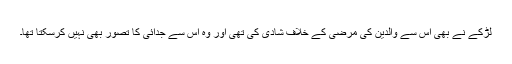
لڑکے نے بھی اس سے والدین کی مرضی کے خلاف شادی کی تھی اور وہ اس سے جدائی کا تصور بھی نہیں کرسکتا تھا۔